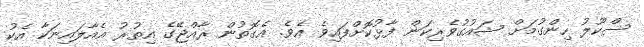
ސްކޫލު ހިންގުމަށް ޝައުގުވެރިކަން ފާޅުކޮށްފައިވެ އެވެ. އެގޮތުން ރާއްޖޭގެ އިތުރު އެއާލައިނަކާ އެކު